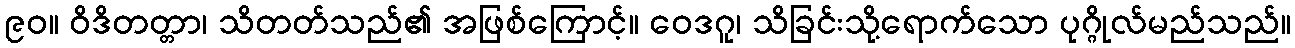
၉၀။ ဝိဒိတတ္တာ၊ သိတတ်သည်၏ အဖြစ်ကြောင့်။ ဝေဒဂူ၊ သိခြင်းသို့ရောက်သော ပုဂ္ဂိုလ်မည်သည်။